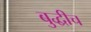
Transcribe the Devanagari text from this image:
बुद्धीच